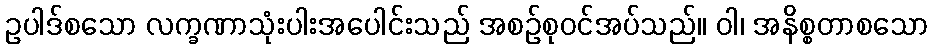
ဥပါဒ်စသော လက္ခဏာသုံးပါးအပေါင်းသည် အစဉ်စုဝင်အပ်သည်။ ဝါ၊ အနိစ္စတာစသော